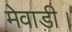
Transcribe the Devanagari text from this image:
मेवाड़ी।